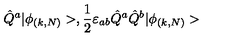
\hat { Q } ^ { a } | \phi _ { ( k , N ) } > , \frac { 1 } { 2 } \varepsilon _ { a b } \hat { Q } ^ { a } \hat { Q } ^ { b } | \phi _ { ( k , N ) } >